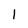
Character: 1